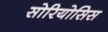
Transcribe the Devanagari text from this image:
सोरियोसिस